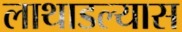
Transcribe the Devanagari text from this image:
लाथाडल्यास